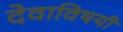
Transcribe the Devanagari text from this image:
देवाविषयी